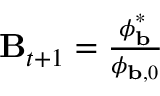
\begin{array} { r } { \mathbf { B } _ { t + 1 } = \frac { \boldsymbol { \phi } _ { \mathbf { b } } ^ { * } } { \boldsymbol { \phi } _ { \mathbf { b } , 0 } } } \end{array}